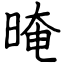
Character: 晻